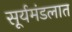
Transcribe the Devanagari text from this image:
सूर्यमंडलात